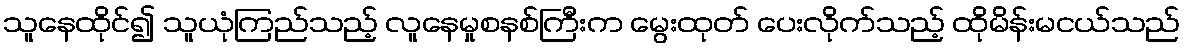
သူနေထိုင်၍ သူယုံကြည်သည့် လူနေမှုစနစ်ကြီးက မွေးထုတ် ပေးလိုက်သည့် ထိုမိန်းမငယ်သည်